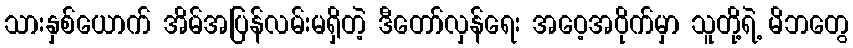
သားနှစ်ယောက် အိမ်အပြန်လမ်းမရှိတဲ့ ဒီတော်လှန်ရေး အဝေ့အဝိုက်မှာ သူတို့ရဲ့ မိဘတွေ